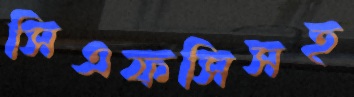
সিএফসিসহ